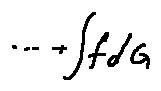
\cdots + \int f d G